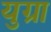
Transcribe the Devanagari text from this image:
युग्रा